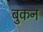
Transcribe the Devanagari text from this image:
बुकन